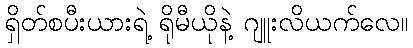
ရှိတ်စပီးယားရဲ့ ရိုမီယိုနဲ့ ဂျူးလိယက်လေ။